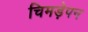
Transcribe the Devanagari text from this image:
चिमड़ेपन